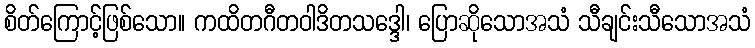
စိတ်ကြောင့်ဖြစ်သော။ ကထိတဂီတဝါဒိတသဒ္ဒေါ၊ ပြောဆိုသောအသံ သီချင်းသီသောအသံ